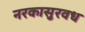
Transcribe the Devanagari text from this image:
नरकासुरवध